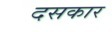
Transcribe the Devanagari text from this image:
दसकार